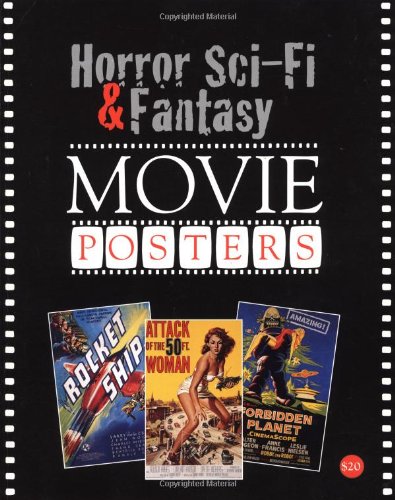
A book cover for Horror, Science Fiction, and Fantasy Movie Posters (Horror, Sci-Fi & Fantasy Movie Posters); Crafts, Hobbies & Home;